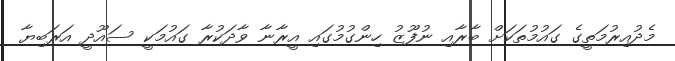
މެދުއިރުމަތީގެ ގައުމުތަކަށް ބާރާއި ނުފޫޒު ހިންގުމުގައި އީރާނާ ވާދަކުރާ ގައުމަކީ ސައޫދީ އަރަބިޔާ